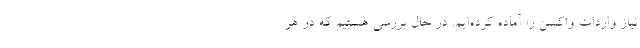
نیاز واردات واکسن را آماده کرده‌ایم. در حال بررسی هستیم که در هر